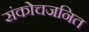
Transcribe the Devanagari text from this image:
संकोचजनित